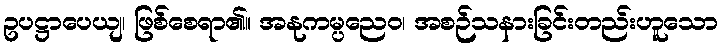
ဥပဋ္ဌာပေယျ၊ ဖြစ်စေရာ၏။ အနုကမ္ပညေဝ၊ အစဉ်သနားခြင်းတည်းဟူသော